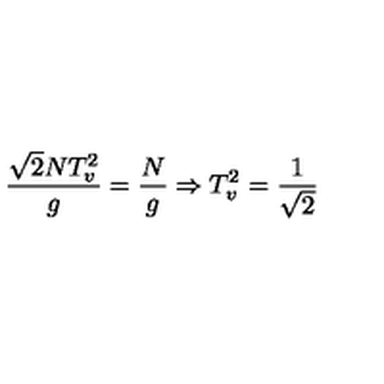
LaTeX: \frac { \sqrt { 2 } N T _ { v } ^ { 2 } } { g } = \frac { N } { g } \Rightarrow T _ { v } ^ { 2 } = \frac { 1 } { \sqrt { 2 } }